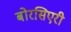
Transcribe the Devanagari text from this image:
बोरसिएरी